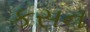
કસન